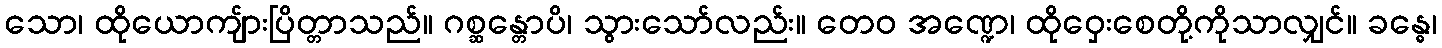
သော၊ ထိုယောကျ်ားပြိတ္တာသည်။ ဂစ္ဆန္တောပိ၊ သွားသော်လည်း။ တေဝ အဏ္ဍေ၊ ထိုဝှေးစေတို့ကိုသာလျှင်။ ခန္ဓေ၊